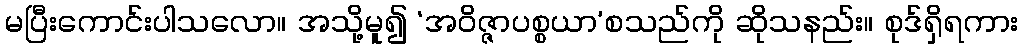
မပြီးကောင်းပါသလော။ အသို့မူ၍ ‘အဝိဇ္ဇာပစ္စယာ’စသည်ကို ဆိုသနည်း။ စုဒ်ရှိရကား